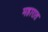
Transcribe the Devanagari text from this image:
महारात